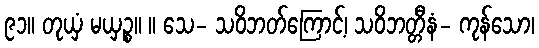
၉၁။ တုယှံ မယှဉ္စ။ ။ သေ- သဝိဘတ်ကြောင့်၊ သဝိဘတ္တီနံ- ကုန်သော၊